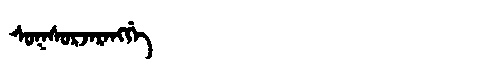
Manchu: ᠰᠣᡴᠰᠣᡵᠵᠠᡵᠠᠩᡤᡝ
Romanization: SOKSORJARANGGE